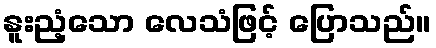
နူးညံ့သော လေသံဖြင့် ပြောသည်။